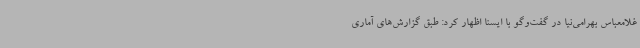
غلامعباس بهرامی‌نیا در گفت‌وگو با ایسنا اظهار کرد: طبق گزارش‌های آماری